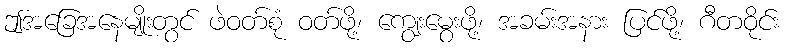
ဤအခြေအနေမျိုးတွင် ဖဲဝတ်စုံ ဝတ်ဖို့၊ ကျွေးမွေးဖို့၊ အခမ်းအနား ပြင်ဖို့၊ ဂီတဝိုင်း